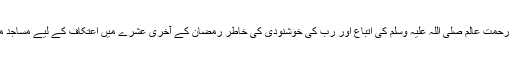
بہت سے لوگ رحمت عالم صلی اللہ علیہ وسلم کی اتباع اور رب کی خوشنودی کی خاطر رمضان کے آخری عشرے میں اعتکاف کے لیے مساجد میں بیٹھے ہیں۔